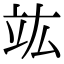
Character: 竑